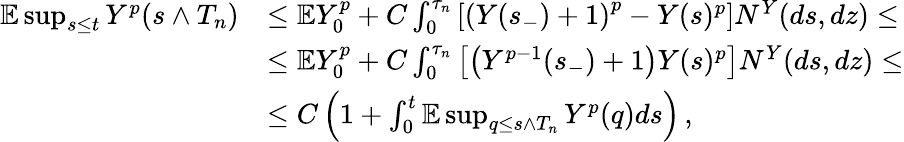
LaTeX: \begin{array}{rl}{\mathbb{E}\operatorname*{sup}_{s\leq t}Y^{p}(s\wedge T_{n})}&{\leq\mathbb{E}Y_{0}^{p}+C\int_{0}^{\tau_{n}}\left[\left(Y(s_{-})+1\right)^{p}-Y(s)^{p}\right]N^{Y}(ds,dz)\leq}\\ &{\leq\mathbb{E}Y_{0}^{p}+C\int_{0}^{\tau_{n}}\left[\left(Y^{p-1}(s_{-})+1\right)Y(s)^{p}\right]N^{Y}(ds,dz)\leq}\\ &{\leq C\left(1+\int_{0}^{t}\mathbb{E}\operatorname*{sup}_{q\leq s\wedge T_{n}}Y^{p}(q)ds\right)\, ,}\end{array}